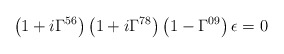
\begin{align*}\left(1+i\Gamma^{56}\right)\left(1+i\Gamma^{78}\right)\left(1-\Gamma^{09}\right)\epsilon=0\end{align*}